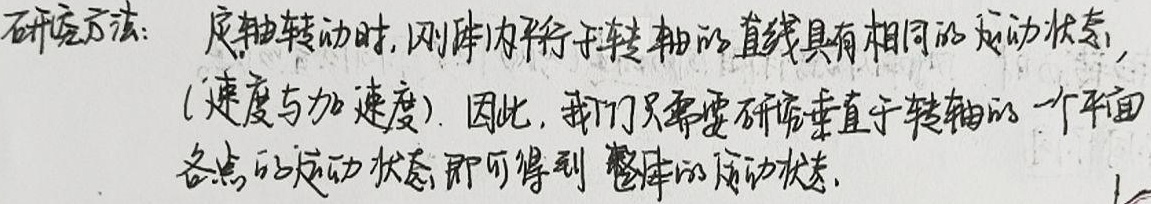
研究方法： 定轴转动时，刚体内平行于转轴的直线具有相同的运动状态，(速度与加速度). 因此，我们只需要研究垂直于转轴的一个平面各点的运动状态，即可得到 整体的运动状态.